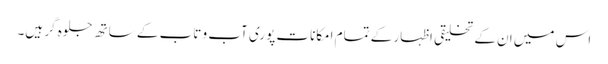
اس میں ان کے تخلیقی اظہار کے تمام امکانات پوری آب و تاب کے ساتھ جلوہ گر ہیں۔